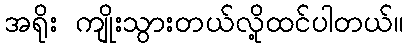
အရိုး ကျိုးသွားတယ်လို့ထင်ပါတယ်။